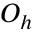
O _ { h }